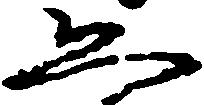
恐